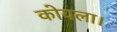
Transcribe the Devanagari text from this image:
कोयला।